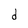
Character: d